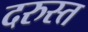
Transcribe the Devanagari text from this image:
दरुस्त